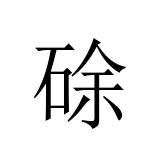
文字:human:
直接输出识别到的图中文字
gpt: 硢